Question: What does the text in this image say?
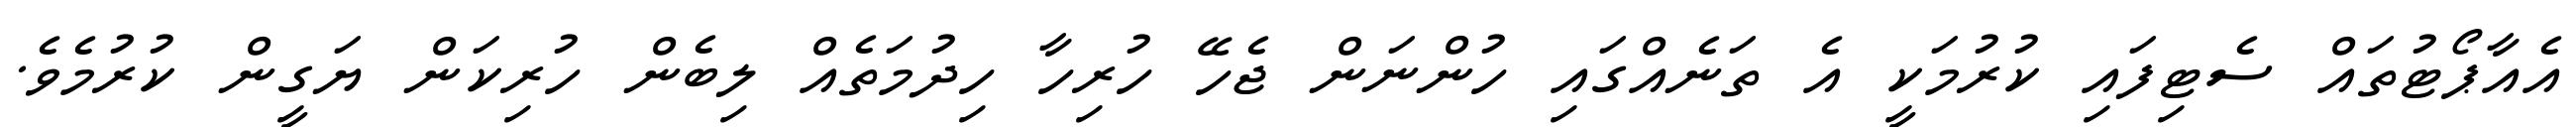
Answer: އެއާޕޯޓުތައް ސެޓިފައި ކުރުމަކީ އެ ތަނެއްގައި ހުންނަން ޖެހޭ ހުރިހާ ހިދުމަތެއް ލިބެން ހުރިކަން ޔަގީން ކުރުމެވެ.